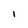
Character: l